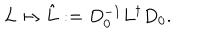
L \mapsto \hat { L } : = D _ { 0 } ^ { - 1 } L ^ { \dagger } D _ { 0 } .